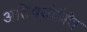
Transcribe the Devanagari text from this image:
अतिषयोक्ति